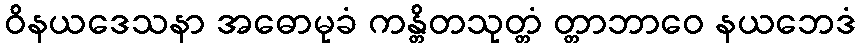
ဝိနယဒေသနာ အဓောမုခံ ကန္တိတသုတ္တံ တ္တာဘာဝေ နယဘေဒံ